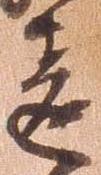
違